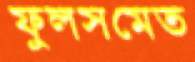
ফুলসমেত